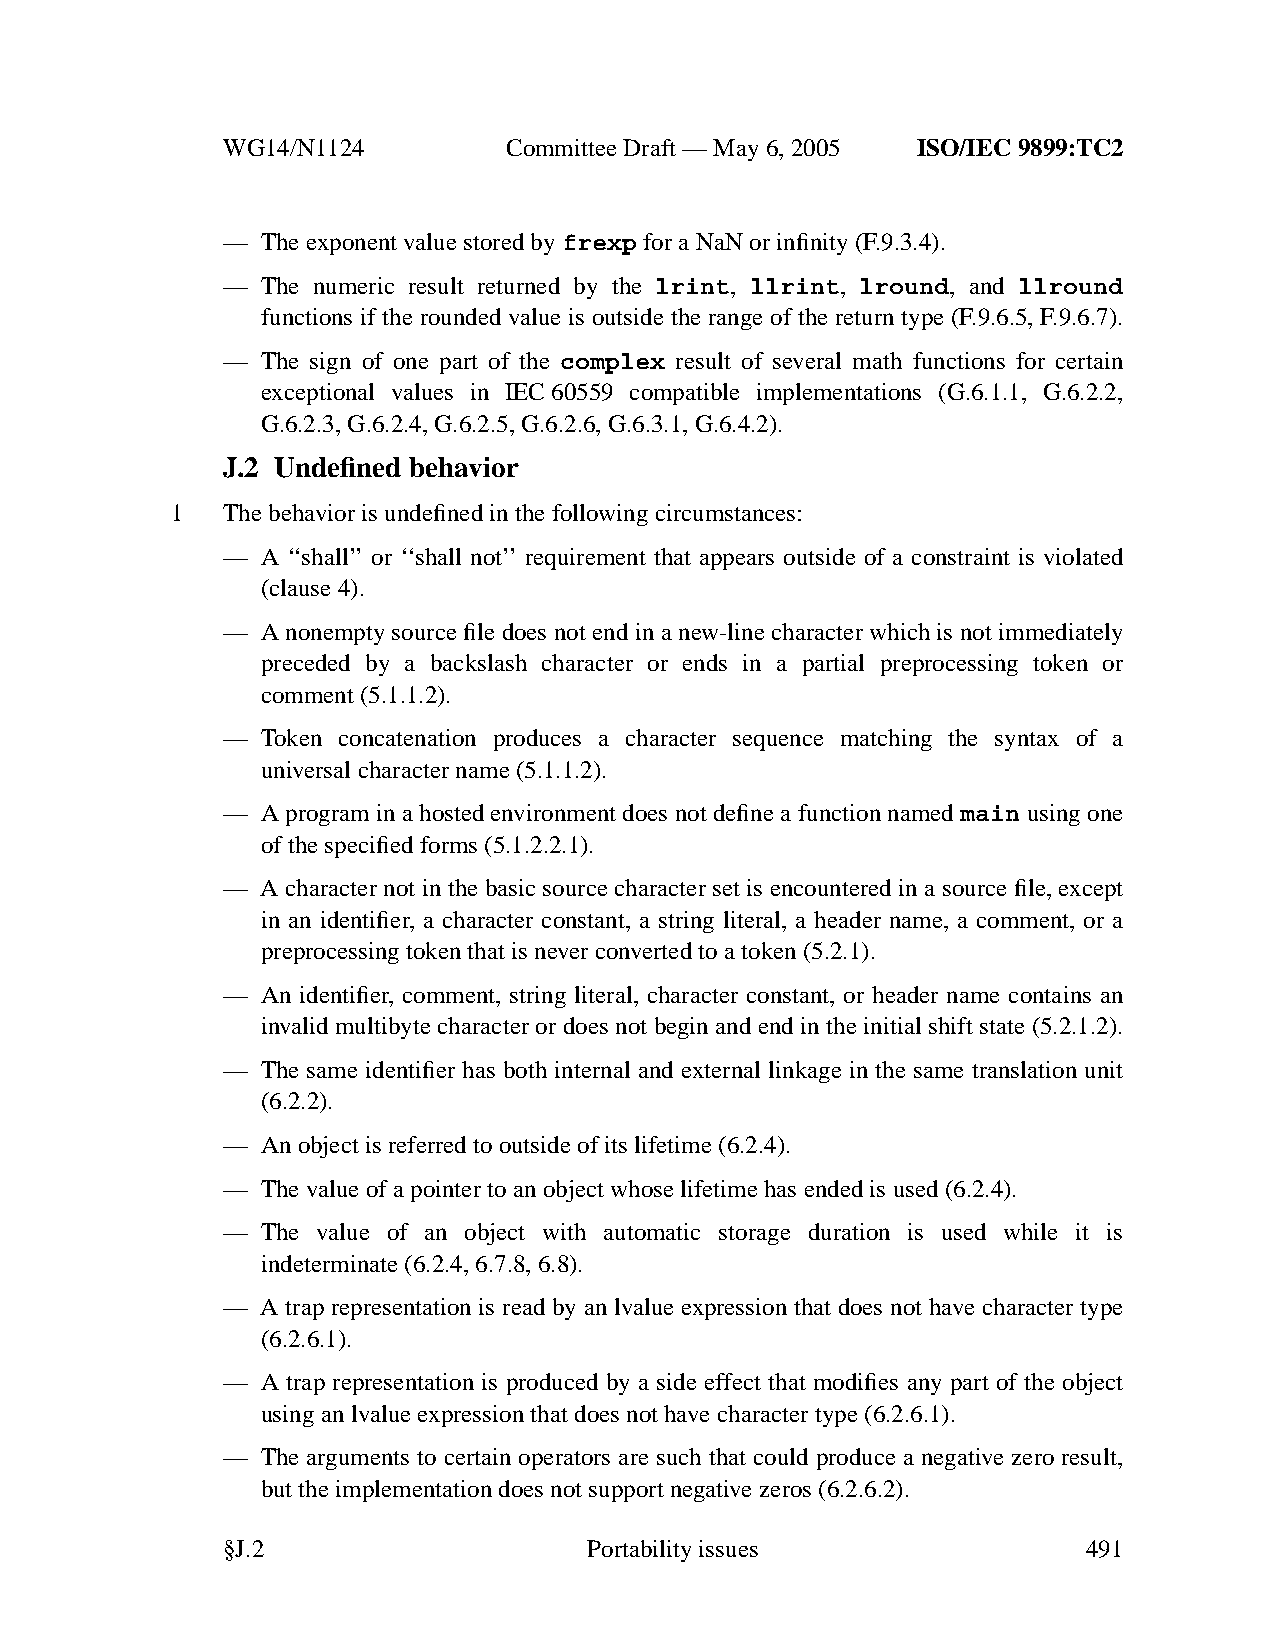
WG14/N1124        CommitteeDraft — May 6, 2005 ISO/IEC 9899:TC2
 — The exponent value stored byfrexp for a NaN or infinity (F.9.3.4).
 — The numeric result returned by the lrint, llrint, lround, and llround
 functions if the rounded value is outside the range of the return type (F.9.6.5, F.9.6.7).
 — The sign of one part of the complex result of several math functions for certain
 exceptional values in IEC60559 compatible implementations (G.6.1.1, G.6.2.2,
 G.6.2.3, G.6.2.4, G.6.2.5, G.6.2.6, G.6.3.1, G.6.4.2).
 J.2 Undefined behavior
 1   The behavior is undefined in the following circumstances:
 — A ‘‘shall’’ or ‘‘shall not’’ requirement that appears outside of a constraint is violated
 (clause 4).
 — A nonempty source file does not end in a new-line character which is not immediately
 preceded by a backslash character or ends in a partial preprocessing token or
 comment (5.1.1.2).
 — Token concatenation produces a character sequence matching the syntax of a
 universal character name (5.1.1.2).
 — A program in a hosted environment does not define a function named main using one
 of the specified forms (5.1.2.2.1).
 — A character not in the basic source character set is encountered in a source file, except
 in an identifier, a character constant, a string literal, a header name, a comment, or a
 preprocessing token that is never converted to a token (5.2.1).
 — An identifier, comment, string literal, character constant, or header name contains an
 invalid multibyte character or does not begin and end in the initial shift state (5.2.1.2).
 — The same identifier has both internal and external linkage in the same translation unit
 (6.2.2).
 — Anobject is referred to outside of its lifetime (6.2.4).
 — The value of a pointer to an object whose lifetime has ended is used (6.2.4).
 — The value of an object with automatic storage duration is used while it is
 indeterminate (6.2.4, 6.7.8, 6.8).
 — A trap representation is read by an lvalue expression that does not have character type
 (6.2.6.1).
 — A trap representation is produced by a side effect that modifies any part of the object
 using an lvalue expression that does not have character type (6.2.6.1).
 — The arguments to certain operators are such that could produce a negative zero result,
 butthe implementation does not support negative zeros (6.2.6.2).
 §J.2                    Portabilityissues                491